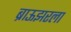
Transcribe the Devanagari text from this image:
ब्राऊझरला